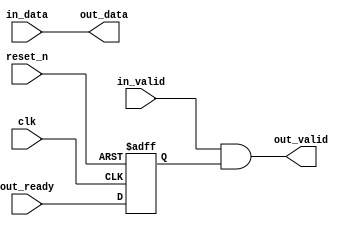
// --------------------------------------------------------------------------------
//| Avalon Streaming Timing Adapter
// --------------------------------------------------------------------------------
// altera message_level level1

`timescale 1ns / 100ps
module esn7e_demo_system_avalon_st_adapter_timing_adapter_0 (
    
      // Interface: clk
      input              clk,
      // Interface: reset
      input              reset_n,
      // Interface: in
      input              in_valid,
      input      [31: 0] in_data,
      // Interface: out
      output reg         out_valid,
      output reg [31: 0] out_data,
      input              out_ready
);




   // ---------------------------------------------------------------------
   //| Signal Declarations
   // ---------------------------------------------------------------------

   reg  [31: 0] in_payload;
   reg  [31: 0] out_payload;
   reg  [ 1: 0] ready;
   reg          in_ready;
   // synthesis translate_off
   always @(negedge in_ready) begin
      $display("%m: The downstream component is backpressuring by deasserting ready, but the upstream component can't be backpressured.");
   end
   // synthesis translate_on   


   // ---------------------------------------------------------------------
   //| Payload Mapping
   // ---------------------------------------------------------------------
   always @* begin
     in_payload = {in_data};
     {out_data} = out_payload;
   end

   // ---------------------------------------------------------------------
   //| Ready & valid signals.
   // ---------------------------------------------------------------------
   always @* begin
     ready[1] = out_ready;
     out_valid = in_valid && ready[0];
     out_payload = in_payload;
     in_ready = ready[1];
   end


   always @(posedge clk or negedge reset_n) begin
      if (!reset_n) begin
        ready[1-1:0] <= 0;
      end else begin
        ready[1-1:0] <= ready[1:1];
      end 
   end


endmodule